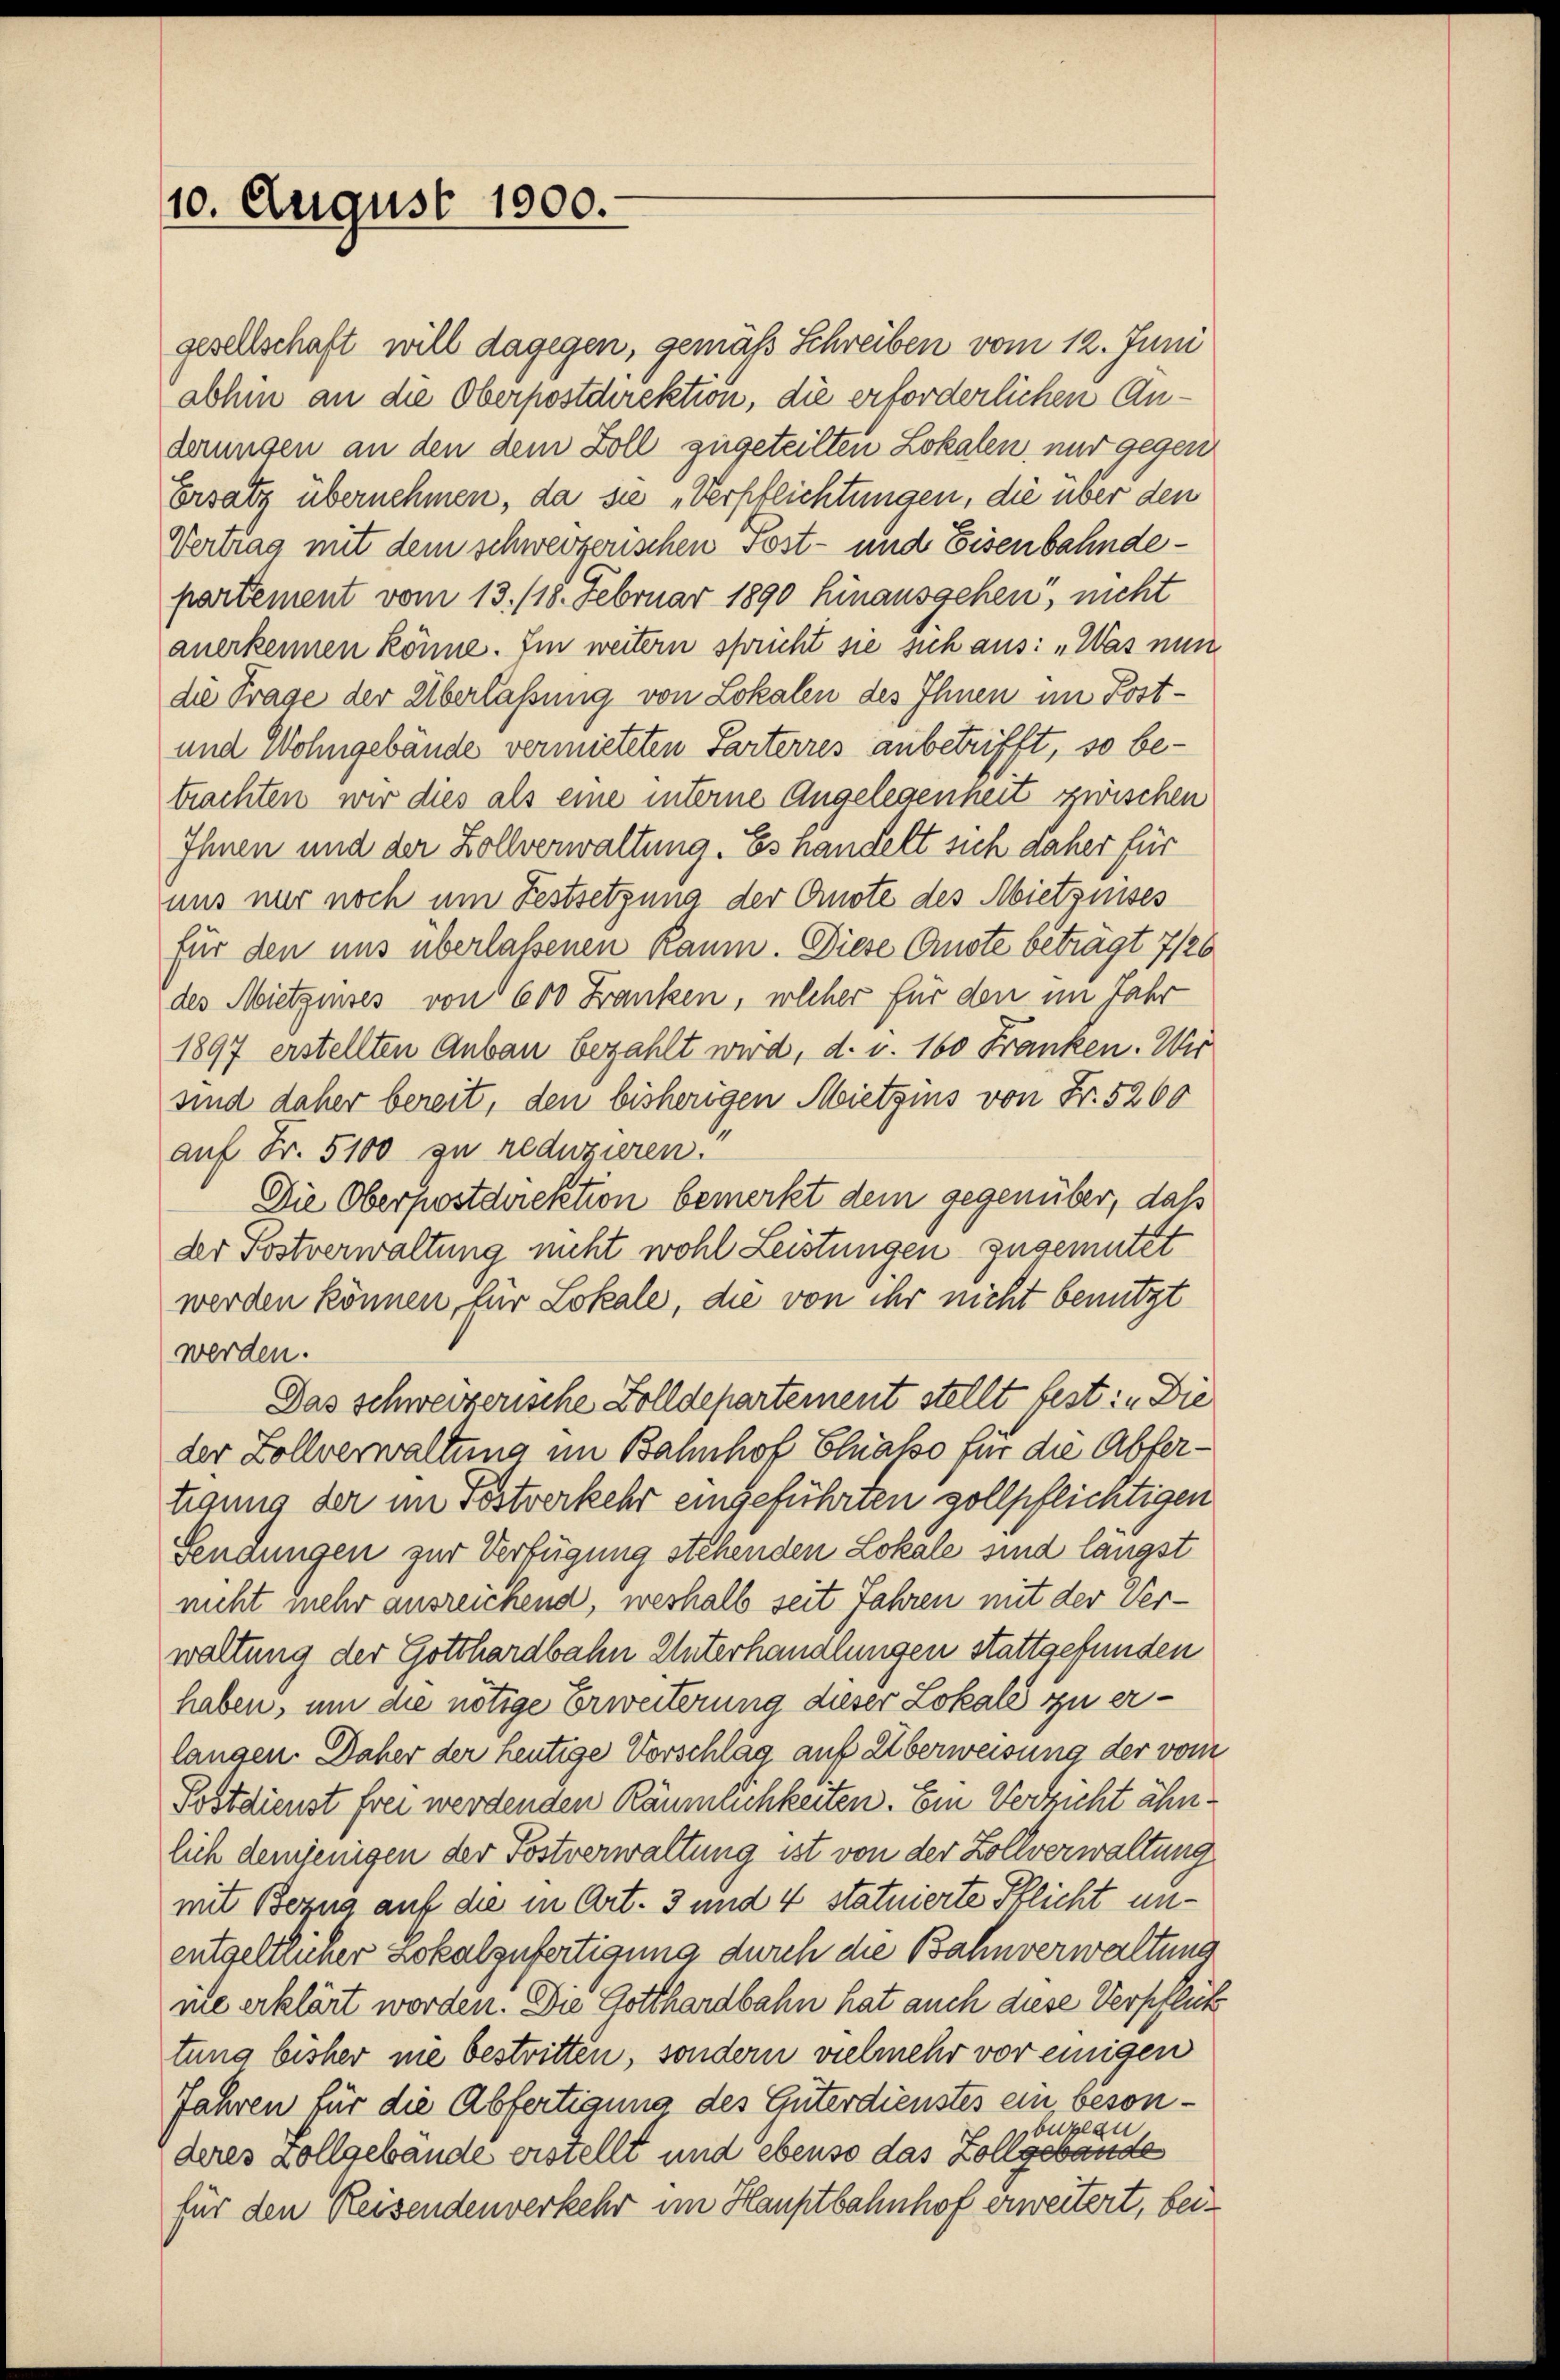
10. August 1900.

gesellschaft will dagegen, gemäß Schreiben vom 12. Juni
abhin an die Oberpostdirektion, die erforderlichen Anderungen an den dem Zoll zugeteilten Lokalen, nur gegen
Ersatz übernehmen, da sie „Verpflichtungen, die über den
Vertrag mit dem schweizerischen Post- und Eisenbahndepartement vom 13./18. Februar 1890 hinausgehen, nicht
anerkennen könne. Im weitern spricht sie sich aus: „Was nun
die Frage der Überlassung von Lokalen des Ihnen im Post¬
und Wohngebäude vermieteten Parterres anbetrifft, so betrachten wir dies als eine interne Angelegenheit zwischen
Ihnen und der Zollverwaltung. Es handelt sich daher für
uns nur noch um Festsetzung der Anste des Abietznises
für den uns überlassenen Raum. Diese Anste beträgt 7/26
des Nietzinses von 600 Franken, welcher für den im Jahr
1897 erstellten Anbau bezahlt wird, d. v. 160 Franken. Wir
sind daher bereit, den bisherigen Mietzins von Fr. 5200
auf Fr. 5100 zu reduzieren.
Die Oberpostdirektion bemerkt dem gegenüber, daß
der Postverwaltung nicht wohl Leistungen zugemutet
werden können, für Lokale, die von ihr nicht benutzt
werden.
Das schweizerische Zolldepartement stellt bestin Die
der Zollverwaltung im Bahnhof Elnalso für die Abfertigung der im Postverkehr eingeführten vollpflichtigen
Sendungen zur Verfügung stehenden Lokale sind längst
nicht mehr ausreichend, weshalb seit Jahren mit der Verwaltung der Gotthardbahn Unterhandlungen stattgefunden
haben, um die nötige Erweiterung dieser Lokale zu erlangen. Daher der heutige Vorschläg auf Überweisung der vom
Postdienst frei werdenden Räumlichkeiten. Ein Verricht ähnlich demjenigen der Postverwaltung ist von der Zollverwaltung
mit Bezug auf die in Art. 3 und 4 statuierte Pflicht unentgeltlicher Lokalzufertigung durch die Bahnverwaltung
ne erklärt worden. Die Gotthardbahn hat auch diese Verpflick
tung bisher nie bestritten, sondern vielmehr vor einigen
Jahren für die Abfertigung des Güterdienstes ein, besonsbuzezu
deres Zollgebäude erstellt und ebenso das Zollgebäude
für den Reisendenverkehr im Hauptbahnhof erweitert, bei